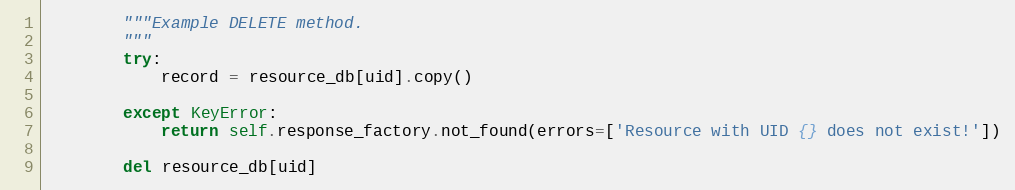
Language: Python
        """Example DELETE method.
        """
        try:
            record = resource_db[uid].copy()

        except KeyError:
            return self.response_factory.not_found(errors=['Resource with UID {} does not exist!'])

        del resource_db[uid]